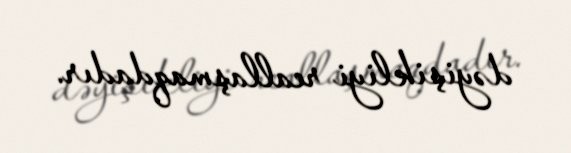
dəyişikliyi reallaşmaqdadır.